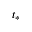
t _ { * }